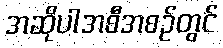
အဆိုပါအစီအစဉ်တွင်